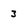
Character: 3